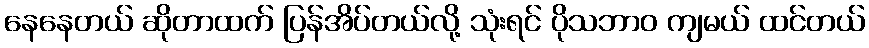
နေနေတယ် ဆိုတာထက် ပြန်အိပ်တယ်လို့ သုံးရင် ပိုသဘာဝ ကျမယ် ထင်တယ်